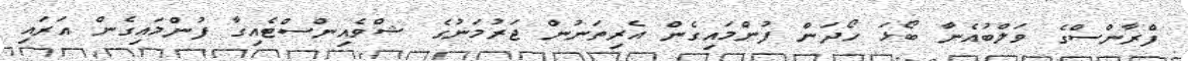
ފްރާންސްގެ ވަލްބުއެނާ ބޯޅަ ހޯދަން ފުންމައިގެން އެރިތަނުން ޖަރުމަނުގެ ޝްވެއިންސްޓެއިގާ ފުންމައިގެން އަރައި